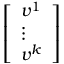
\left[ \begin{array} { l } { v ^ { 1 } } \\ { \vdots } \\ { v ^ { k } } \end{array} \right]